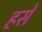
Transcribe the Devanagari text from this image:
हसे